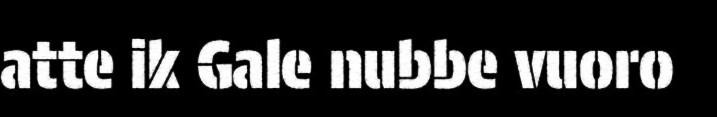
atte ik Gale nubbe vuoro